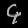
Digit: ၄